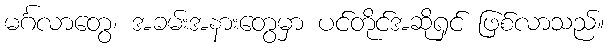
မင်္ဂလာတွေ၊ အခမ်းအနားတွေမှာ ပင်တိုင်အဆိုရှင် ဖြစ်လာသည်။